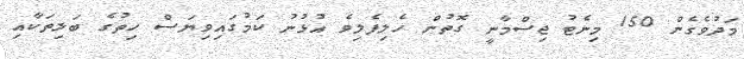
މަދުވެގެން 150 މިނެޓު ޖިސްމާނީ ގޮތުން ހެލިފެލިވެ އުޅުނު ކަމުގައިވިޔަސް ހިތުގެ ބަލިތަކާއި